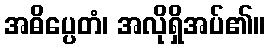
အဓိပ္ပေတံ၊ အလိုရှိအပ်၏။